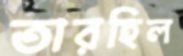
তারহিল